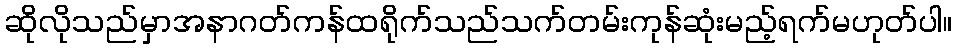
ဆိုလိုသည်မှာအနာဂတ်ကန်ထရိုက်သည်သက်တမ်းကုန်ဆုံးမည့်ရက်မဟုတ်ပါ။